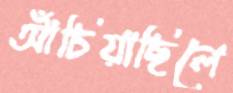
আঁচিয়াছিলে